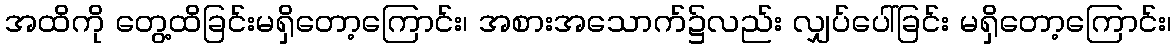
အထိကို တွေ့ထိခြင်းမရှိတော့ကြောင်း၊ အစားအသောက်၌လည်း လျှပ်ပေါ်ခြင်း မရှိတော့ကြောင်း၊